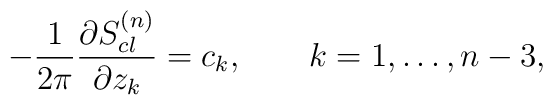
-{1\over 2\pi}{\partial S^{(n)}_{cl}\over \partial z_k}=c_k,\qquad k=1,\ldots,n-3,